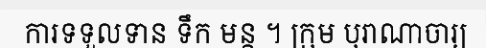
ការទទួលទាន ទឹក មន្ត ។ ក្រុម បុរាណាចារ្យ